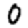
Digit: 0